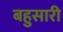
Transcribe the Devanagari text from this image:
बहुसारी